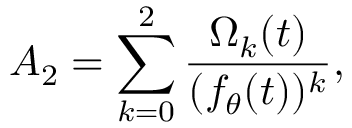
A _ { 2 } = \sum _ { k = 0 } ^ { 2 } { \frac { \Omega _ { k } ( t ) } { ( f _ { \theta } ( t ) ) ^ { k } } } ,